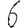
Digit: 6